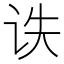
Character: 𰵙